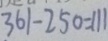
3 6 1 - 2 5 0 = 1 1 1